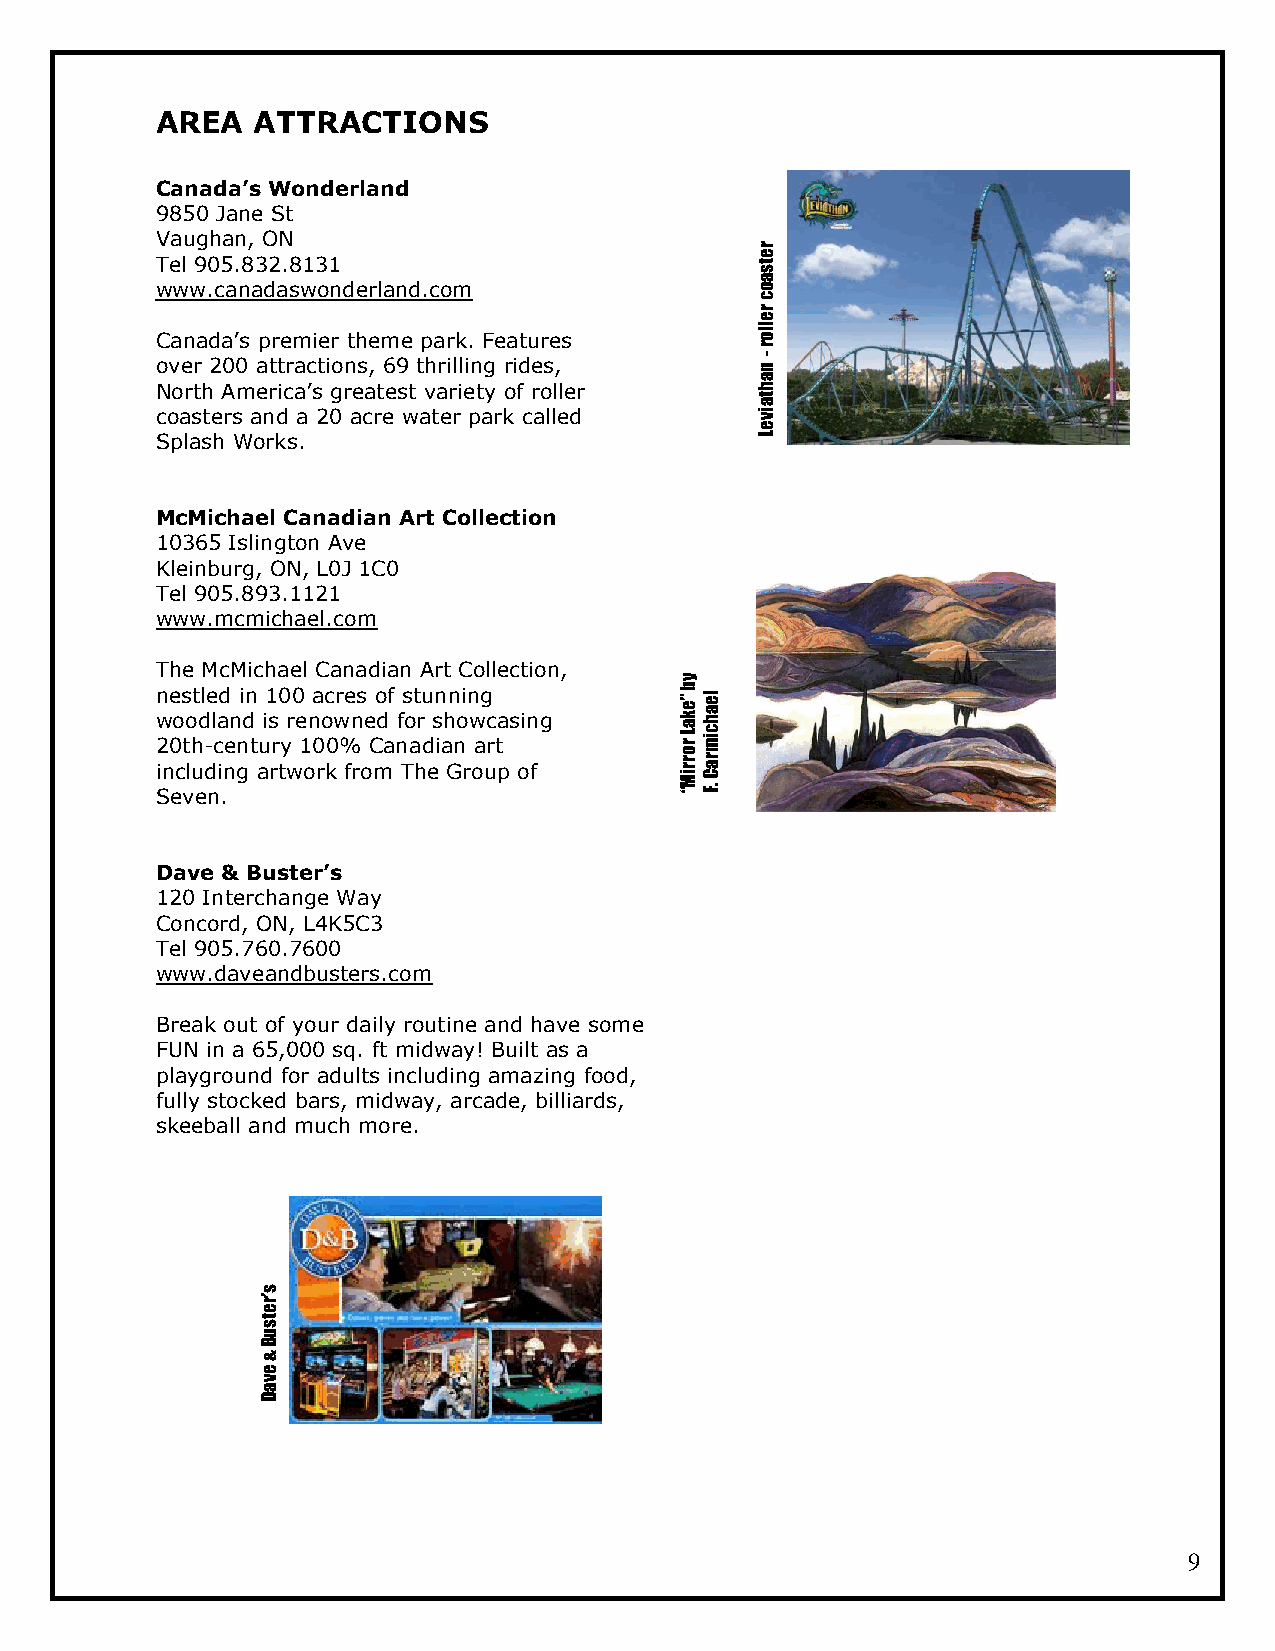
AREA   ATTRACTIONS
 Canada’s Wonderland
 9850 Jane St
 Vaughan, ON
 r
 e
 Tel 905.832.8131                        st
 a
 www.canadaswonderland.com               o
 c
 er
 Canada’s premier theme park. Features
 oll
 r
 over 200 attractions, 69 thrilling rides,
 -
 n
 a
 North America’s greatest variety of roller h
 at
 coasters and a 20 acre water park called vi
 e
 Splash Works.                           L
 McMichael Canadian Art Collection
 10365 Islington Ave
 Kleinburg, ON, L0J 1C0
 Tel 905.893.1121
 www.mcmichael.com
 The McMichael Canadian Art Collection,
 y
 n
 w
 20e os
 to
 ht dl -e
 l
 cad
 en
 ni dn
 t u
 i1
 s
 r0 yr0
 e
 1
 na 0oc 0wr %e ns
 e
 Co
 d
 af nfs
 o
 at ru
 d
 sn iahn noi n
 w
 ag
 rc ta sing
 r
 Lake” b michael
 o
 i Sn ec vlu ed ni .n g artwork from The Group of
 “Mirr
 F.
 Car
 Dave & Buster’s
 120 Interchange Way
 Concord, ON, L4K5C3
 Tel 905.760.7600
 www.daveandbusters.com
 Break out of your daily routine and have some
 FUN in a 65,000 sq. ft midway! Built as a
 playground for adults including amazing food,
 fully stocked bars, midway, arcade, billiards,
 skeeball and much more.
 s
 r’
 e
 st
 u
 B
 &
 e
 v
 a
 D
 9